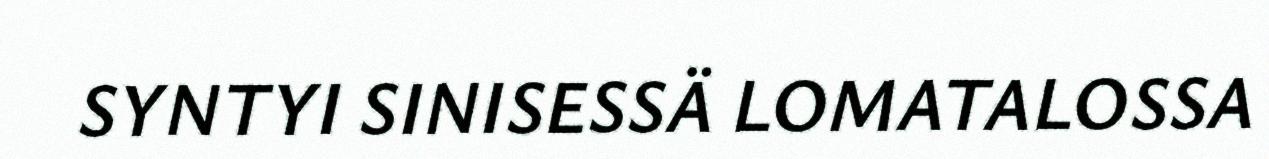
SYNTYI SINISESSÄ LOMATALOSSA